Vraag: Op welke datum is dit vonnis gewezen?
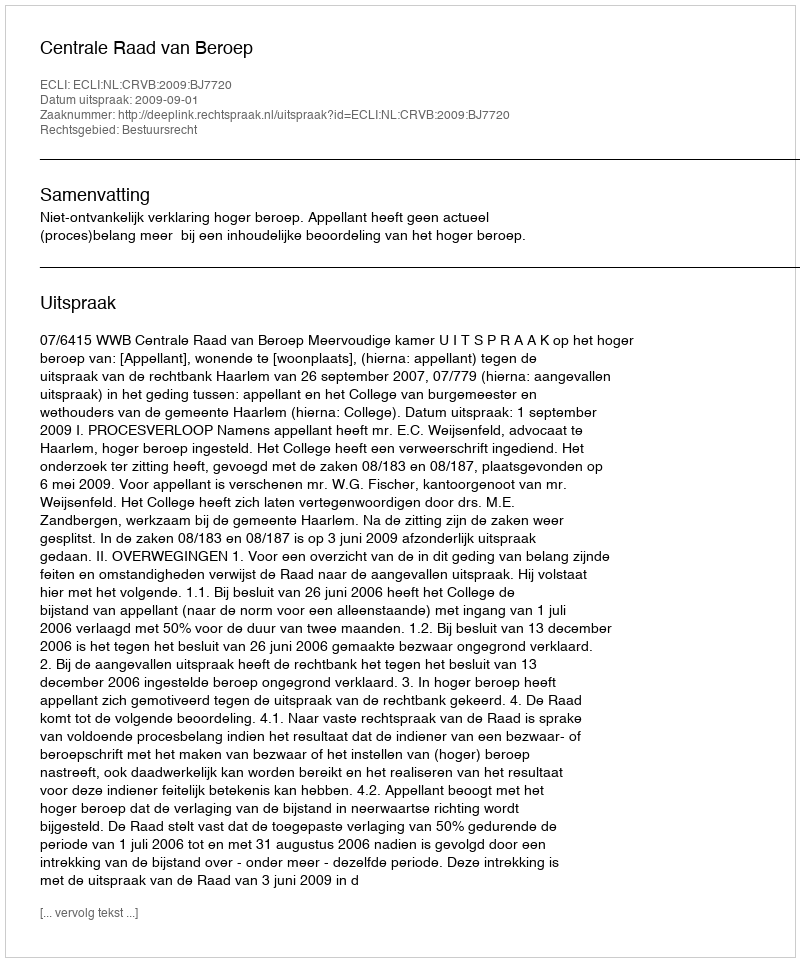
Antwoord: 2009-09-01